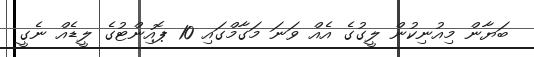
ބަޔާން މިއުނިކުން ލީގުގެ އެއް ވަނަ މަގާމްގައި 10 ޕޮއިންޓުގެ ލީޑެއް ނެގީ